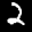
Label: 2